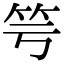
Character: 𥫡